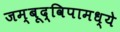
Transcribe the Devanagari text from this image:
जम्बूद्विपामध्ये